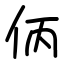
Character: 㑂